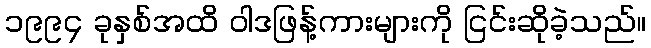
၁၉၉၄ ခုနှစ်အထိ ဝါဒဖြန့်ကားများကို ငြင်းဆိုခဲ့သည်။